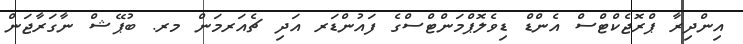
އިންދިރާ ޕްރޮޖެކްޓްސް އެންޑް ޑިވެލޮޕްމަންޓްސްގެ ފައުންޑަރ އަދި ޗެއަރމަން މރ. ބުޕޭޝް ނާގަރާޖަން